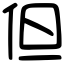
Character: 但